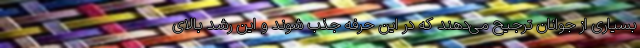
بسیاری از جوانان ترجیح می‌دهند که در این حرفه جذب شوند و این رشد بالای